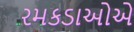
રમકડાઓએ